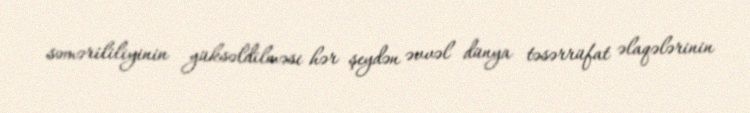
səmərililiyinin yüksəldilməsi hər şeydən əvvəl dünya təsərrüfat əlaqələrinin